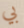
بي